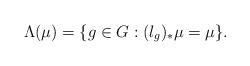
LaTeX: \begin{align*} \Lambda(\mu)=\{g\in G:(l_g)_*\mu=\mu\}.\end{align*}